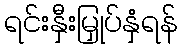
ရင်းနှီးမြှုပ်နှံရန်